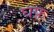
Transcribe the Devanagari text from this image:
घफ़